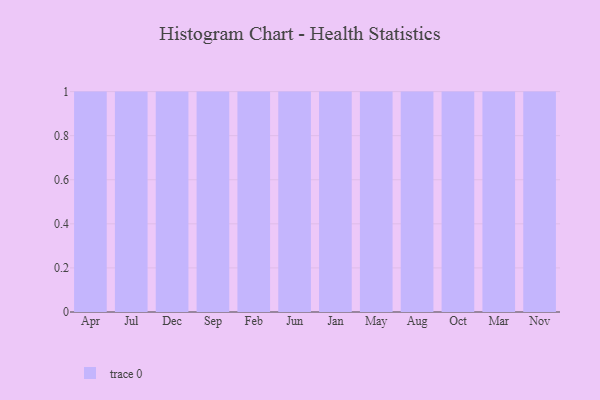
{"axis": {"x": "Month", "y": "Churn Rate (%)"}, "legend": [""], "data": [{"x": "Apr", "y": 67, "type": ""}, {"x": "Jul", "y": 9, "type": ""}, {"x": "Dec", "y": 73, "type": ""}, {"x": "Sep", "y": 16, "type": ""}, {"x": "Feb", "y": 40, "type": ""}, {"x": "Jun", "y": 41, "type": ""}, {"x": "Jan", "y": 1, "type": ""}, {"x": "May", "y": 9, "type": ""}, {"x": "Aug", "y": 54, "type": ""}, {"x": "Oct", "y": 69, "type": ""}, {"x": "Mar", "y": 84, "type": ""}, {"x": "Nov", "y": 20, "type": ""}]}